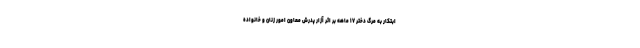
ابتکار به مرگ دختر ۱۷ ماهه بر اثر آزار پدرش معاون امور زنان و خانواده